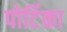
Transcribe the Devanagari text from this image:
पोर्टिका